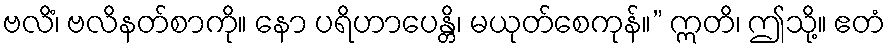
ဗလိံ၊ ဗလိနတ်စာကို။ နော ပရိဟာပေန္တိ၊ မယုတ်စေကုန်။” ဣတိ၊ ဤသို့။ ဧတံ